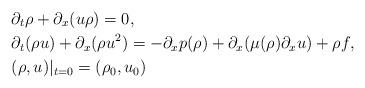
LaTeX: \begin{align*}&\partial_t \rho + \partial_x (u \rho ) = 0, \\&\partial_t (\rho u) + \partial_x (\rho u^2) =- \partial_x p(\rho) + \partial_x(\mu(\rho) \partial_xu)+\rho f, \\&(\rho,u)|_{t = 0} = (\rho_0, u_0) \end{align*}